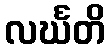
လင်္ဃတိ